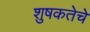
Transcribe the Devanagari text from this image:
शुषकतेचे